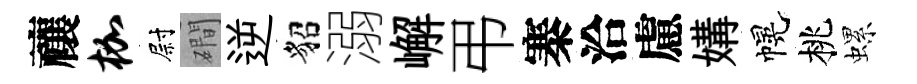
禳枷尉磵逆貂溺嶰弔寨洽慮媾幌桃螺